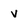
Character: v